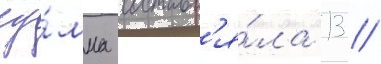
су́мма составл'я́ла 13 /